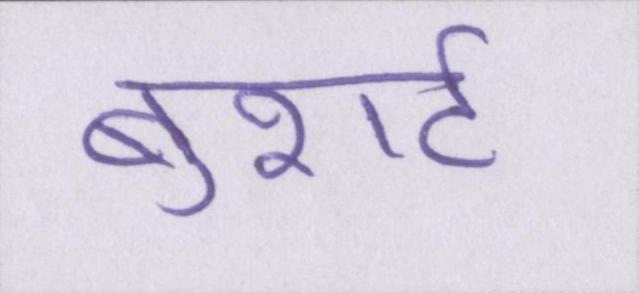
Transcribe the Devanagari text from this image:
बुशर्ट